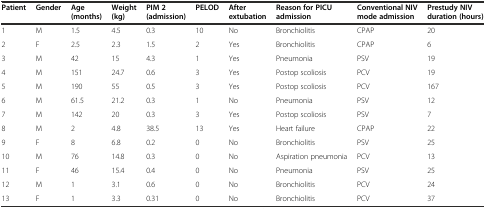
<table><thead><tr><td><b>Patient</b></td><td><b>Gender</b></td><td><b>Age (months)</b></td><td><b>Weight (kg)</b></td><td><b>PIM 2 (admission)</b></td><td><b>PELOD</b></td><td><b>After extubation</b></td><td><b>Reason for PICU admission</b></td><td><b>Conventional NIV mode admission</b></td><td><b>Prestudy NIV duration (hours)</b></td></tr></thead><tbody><tr><td>1</td><td>M</td><td>1.5</td><td>4.5</td><td>0.3</td><td>10</td><td>No</td><td>Bronchiolitis</td><td>CPAP</td><td>20</td></tr><tr><td>2</td><td>F</td><td>2.5</td><td>2.3</td><td>1.5</td><td>2</td><td>Yes</td><td>Bronchiolitis</td><td>CPAP</td><td>6</td></tr><tr><td>3</td><td>M</td><td>42</td><td>15</td><td>4.3</td><td>1</td><td>Yes</td><td>Pneumonia</td><td>PSV</td><td>19</td></tr><tr><td>4</td><td>M</td><td>151</td><td>24.7</td><td>0.6</td><td>3</td><td>Yes</td><td>Postop scoliosis</td><td>PCV</td><td>19</td></tr><tr><td>5</td><td>M</td><td>190</td><td>55</td><td>0.5</td><td>3</td><td>Yes</td><td>Postop scoliosis</td><td>PCV</td><td>167</td></tr><tr><td>6</td><td>M</td><td>61.5</td><td>21.2</td><td>0.3</td><td>1</td><td>No</td><td>Pneumonia</td><td>PSV</td><td>12</td></tr><tr><td>7</td><td>M</td><td>142</td><td>20</td><td>0.3</td><td>3</td><td>Yes</td><td>Postop scoliosis</td><td>PSV</td><td>7</td></tr><tr><td>8</td><td>M</td><td>2</td><td>4.8</td><td>38.5</td><td>13</td><td>Yes</td><td>Heart failure</td><td>CPAP</td><td>22</td></tr><tr><td>9</td><td>F</td><td>8</td><td>6.8</td><td>0.2</td><td>0</td><td>No</td><td>Bronchiolitis</td><td>PSV</td><td>25</td></tr><tr><td>10</td><td>M</td><td>76</td><td>14.8</td><td>0.3</td><td>0</td><td>No</td><td>Aspiration pneumonia</td><td>PCV</td><td>13</td></tr><tr><td>11</td><td>F</td><td>46</td><td>15.4</td><td>0.4</td><td>0</td><td>No</td><td>Pneumonia</td><td>PSV</td><td>25</td></tr><tr><td>12</td><td>M</td><td>1</td><td>3.1</td><td>0.6</td><td>0</td><td>No</td><td>Bronchiolitis</td><td>PCV</td><td>24</td></tr><tr><td>13</td><td>F</td><td>1</td><td>3.3</td><td>0.31</td><td>0</td><td>No</td><td>Bronchiolitis</td><td>PCV</td><td>37</td></tr></tbody></table>